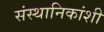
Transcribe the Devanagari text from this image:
संस्थानिकांशी